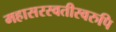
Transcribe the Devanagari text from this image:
महासरस्वतीस्वरुपि